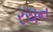
રચન